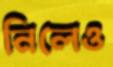
নিলেও